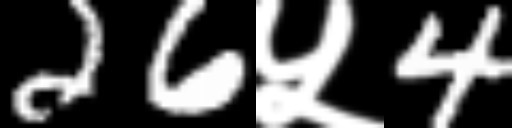
Text: 26५4